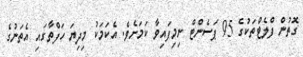
ގޮތުން ފްލެޓްތަކުގެ 95 ޕަސެންޓް ނިމިފައިވާ ކަމަށެވެ. އެކަމަކު މިދިޔަ ހަފްތާގައި އެތަނުގެ